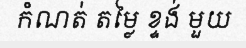
កំណត់ តម្លៃ ខ្ទង់ មួយ